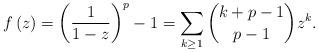
LaTeX: \begin{align*}f\left(z\right)=\left(\frac{1}{1-z}\right)^{p}-1=\sum_{k\ge1}\binom{k+p-1}{p-1}z^{k}.\end{align*}